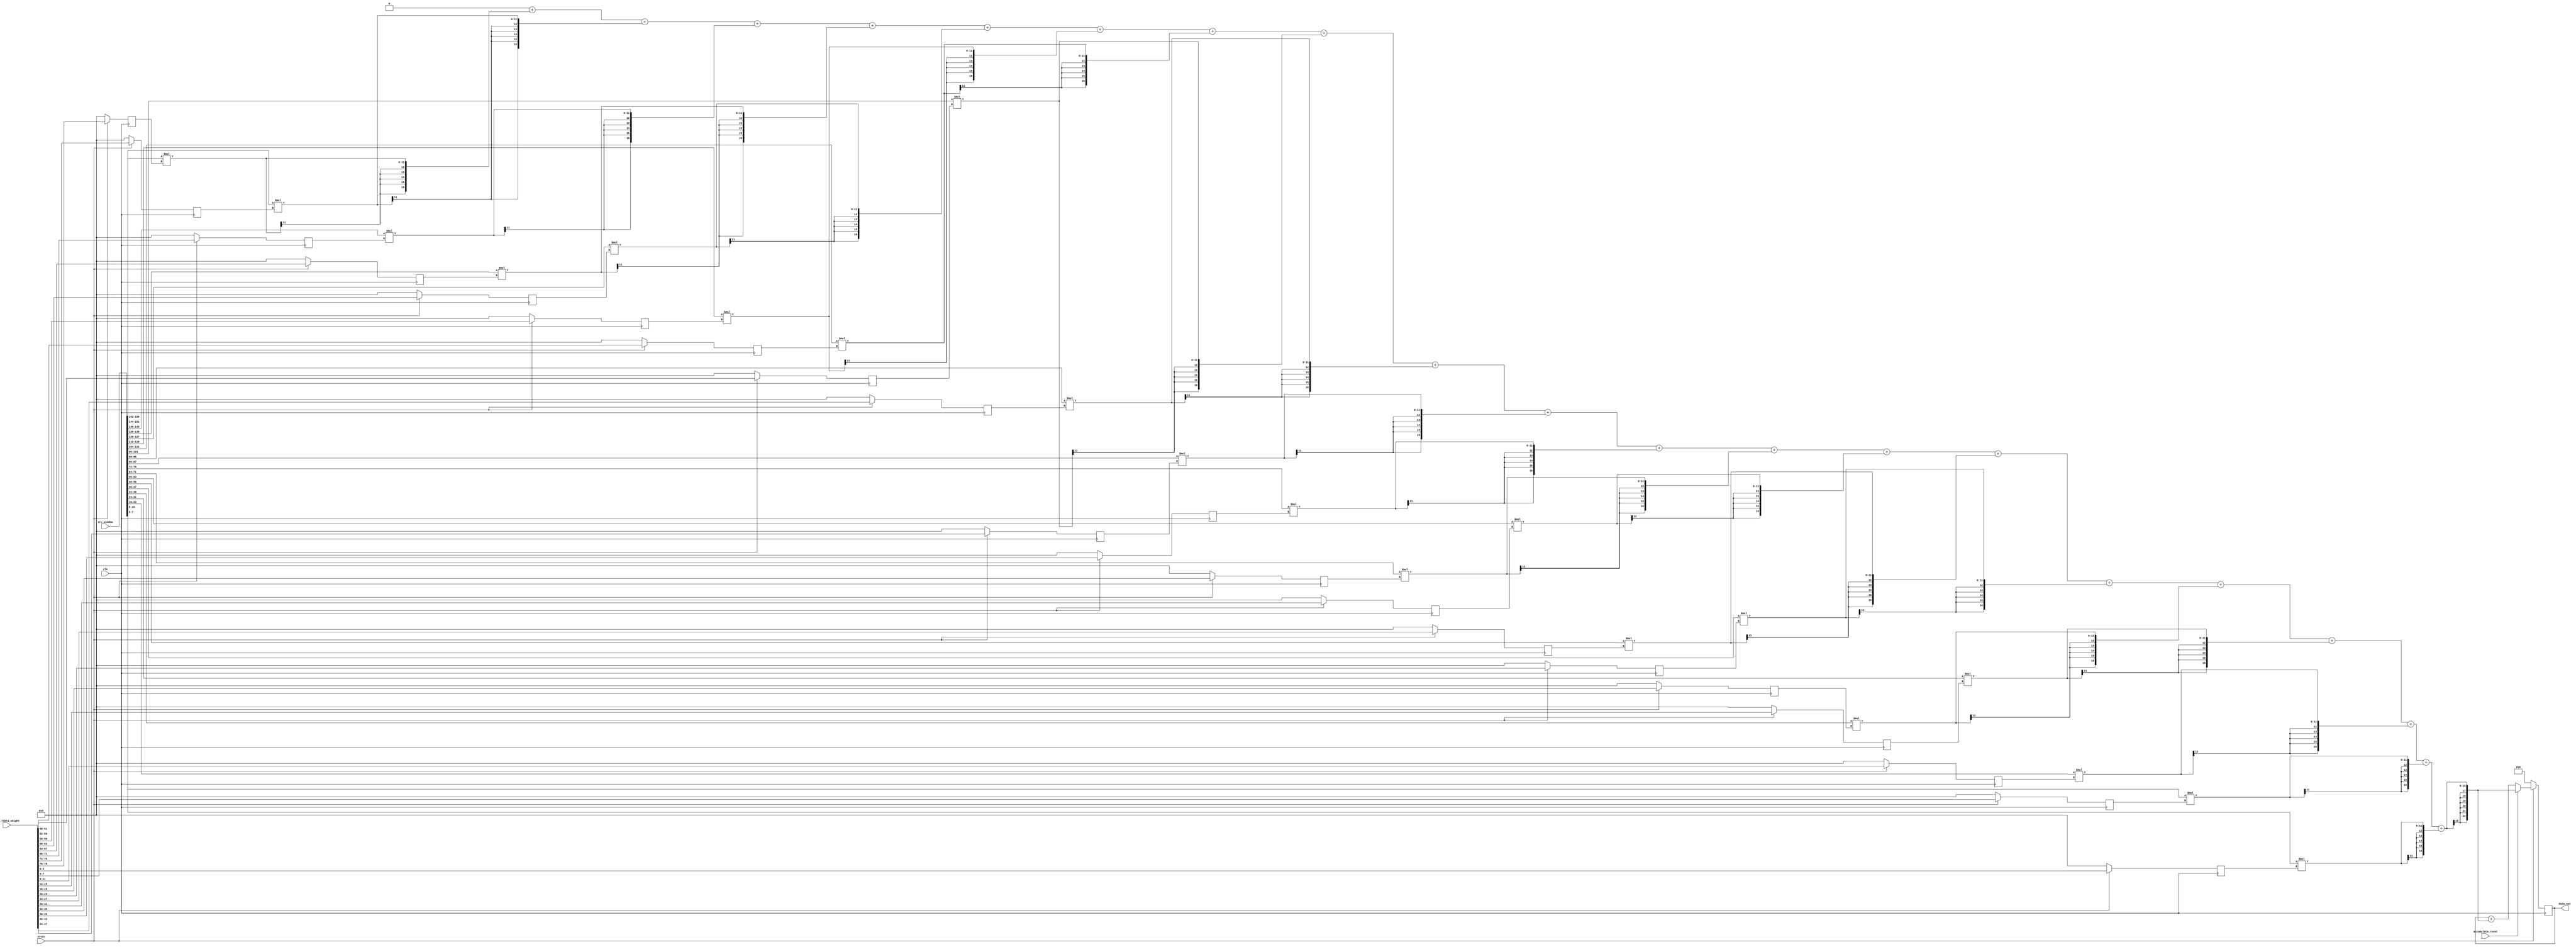
/**
 * Editor : Steven
 */
module fc_multiplier_accumulator(
input clk,
input srstn,
input [20*8-1:0] src_window,
input [20*4-1:0] sram_rdata_weight,
input accumulate_reset,
output signed [22:0] data_out		//bit number > 8+4+10=22 is enough
);

localparam WEIGHT_WIDTH = 4;
localparam WEIGHT_NUM = 20;
localparam DATA_WIDTH = 8;
localparam DATA_NUM = 20;
localparam MAC_NUM = 20;

// data width 8 +   weight width 4 = 12, and we have 20 MACs

reg signed [16:0] accumulator;
reg signed [WEIGHT_WIDTH+DATA_WIDTH-1:0] multiplier [0:MAC_NUM-1];

reg signed [WEIGHT_WIDTH-1:0] n_fc_weight_box [0:DATA_NUM-1];
reg signed [WEIGHT_WIDTH-1:0] fc_weight_box [0:DATA_NUM-1];

reg signed [DATA_WIDTH-1:0] fc_input_box [0:DATA_NUM-1];

reg signed [22:0] accumulator_sum, n_accumulator_sum;
integer i;

//arrange weight data w/ FF
always@* begin
	for(i = 0; i<WEIGHT_NUM; i = i+1)begin
		n_fc_weight_box[i] = sram_rdata_weight[WEIGHT_WIDTH*(WEIGHT_NUM-1-i)+:WEIGHT_WIDTH];
	end
end
always@(posedge clk)begin
	if(~srstn) begin
		for(i=0; i<DATA_NUM; i=i+1)
			fc_weight_box[i] <= 0;
	end
	else begin
		for(i=0; i<DATA_NUM; i=i+1)
			fc_weight_box[i] <= n_fc_weight_box[i];
	end
end

//arrange input data w/o FF
always@*begin
	for(i = 0; i<DATA_NUM; i = i+1)begin
		fc_input_box[i] = src_window[DATA_WIDTH*(DATA_NUM-1-i)+:DATA_WIDTH];
	end
end

//multiply and add
always@* begin
	accumulator = 0;
	for(i = 0; i<MAC_NUM; i=i+1) begin
		multiplier[i] = fc_input_box[i]*fc_weight_box[i];
		accumulator = accumulator + {{5{multiplier[i][WEIGHT_WIDTH+DATA_WIDTH-1]}},multiplier[i]};
	end
end

//reset to 0 when 1 output is produced
always@*begin
	if(accumulate_reset)begin
		n_accumulator_sum = accumulator;
	end
	else begin
		n_accumulator_sum = accumulator_sum + {{6{accumulator[16]}}, accumulator};
	end
end

always@(posedge clk)begin
	if(~srstn)
		accumulator_sum <= 0;
	else
		accumulator_sum <= n_accumulator_sum;
end

//assign accumulator_sum to data_out
assign data_out = accumulator_sum;
endmodule